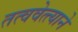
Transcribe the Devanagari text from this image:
तत्ववेत्त्याने